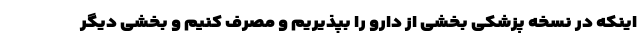
اینکه در نسخه پزشکی بخشی از دارو را بپذیریم و مصرف کنیم و بخشی دیگر